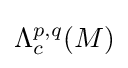
\Lambda _{c}^{p,q}(M)